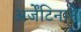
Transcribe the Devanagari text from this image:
अर्जेंटिनाने